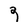
Character: 9